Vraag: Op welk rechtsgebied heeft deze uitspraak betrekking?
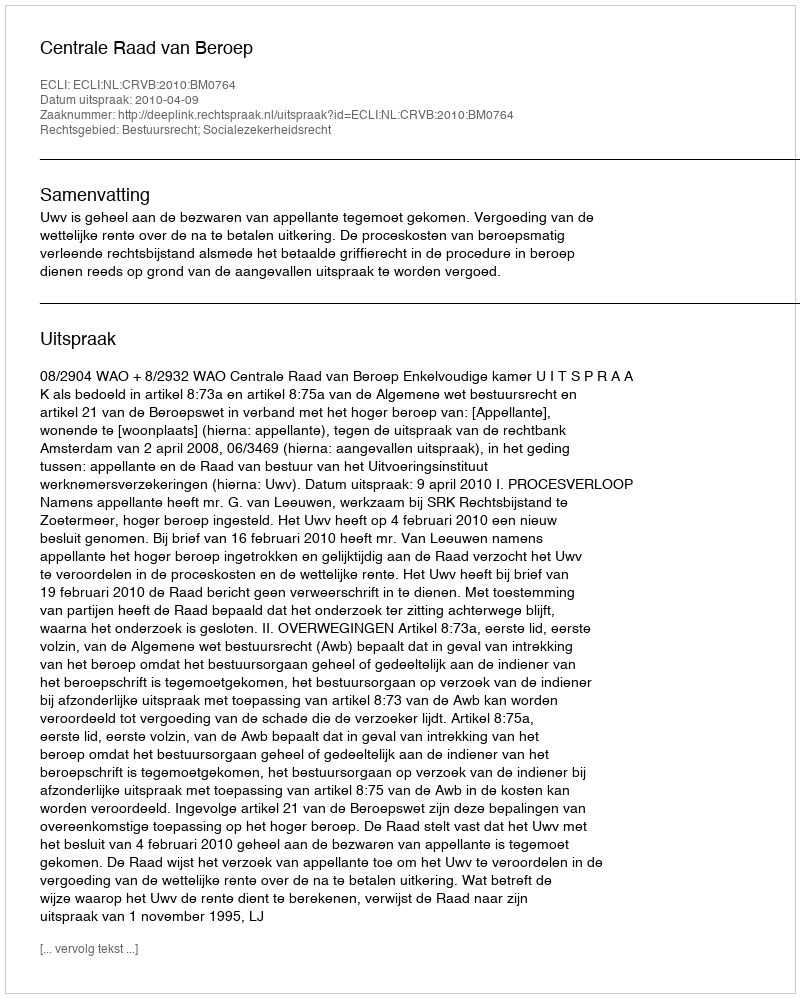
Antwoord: Bestuursrecht; Socialezekerheidsrecht